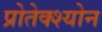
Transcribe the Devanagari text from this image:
प्रोतेक्श्योन